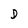
Character: D